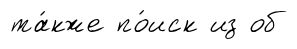
та́кже по́иск из об